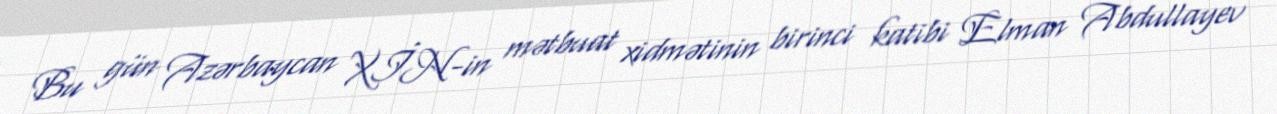
Bu gün Azərbaycan XİN-in mətbuat xidmətinin birinci katibi Elman Abdullayev